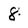
Character: 8